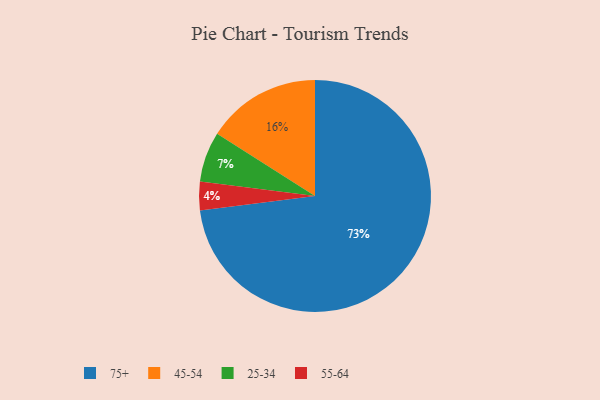
{"axis": {"x": "Category", "y": "Percentage"}, "legend": ["25-34", "45-54", "55-64", "75+"], "data": [{"x": "55-64", "y": 4, "type": "55-64"}, {"x": "45-54", "y": 16, "type": "45-54"}, {"x": "25-34", "y": 7, "type": "25-34"}, {"x": "75+", "y": 73, "type": "75+"}]}